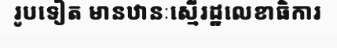
រូបទៀត មានឋានៈស្មើរដ្ឋលេខាធិការ